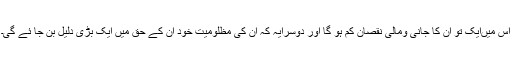
اس میںایک تو ان کا جانی ومالی نقصان کم ہو گا اور دوسرایہ کہ ان کی مظلومیت خود ان کے حق میں ایک بڑی دلیل بن جا ئے گی۔